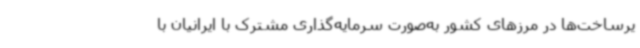
یرساخت‌ها در مرزهای کشور به‌صورت سرمایه‌گذاری مشترک با ایرانیان با